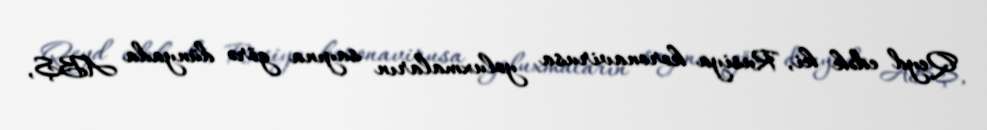
Qeyd edək ki, Rusiya koronavirusa yoluxmaların sayına görə dünyada ABŞ,